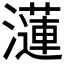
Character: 𤂍